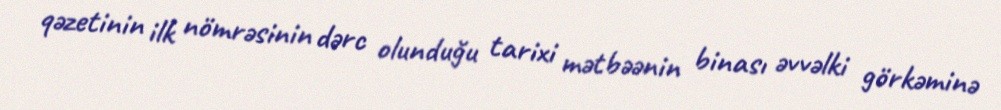
qəzetinin ilk nömrəsinin dərc olunduğu tarixi mətbəənin binası əvvəlki görkəminə